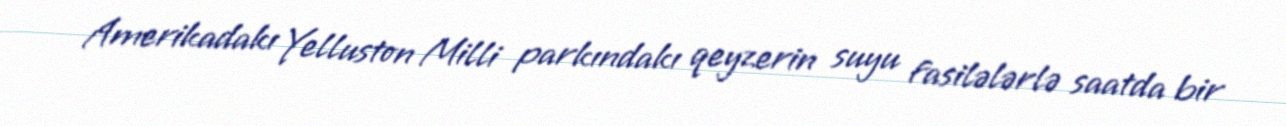
Amerikadakı Yelluston Milli parkındakı qeyzerin suyu fasilələrlə saatda bir